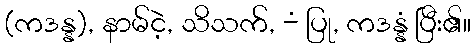
(ကဒန္န), နာမ်ငဲ့, သိသက်, -ံ ပြု, ကဒန္နံ ပြီး၏။